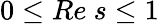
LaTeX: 0\leq Re\ s\leq 1